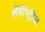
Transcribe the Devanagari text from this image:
लॅबॉरेट्रीज